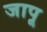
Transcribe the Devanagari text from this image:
जापू